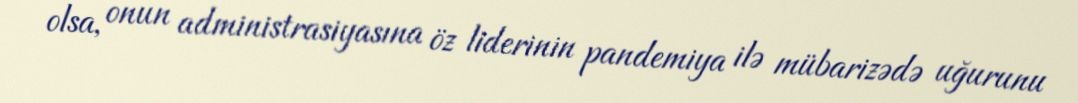
olsa, onun administrasiyasına öz liderinin pandemiya ilə mübarizədə uğurunu